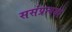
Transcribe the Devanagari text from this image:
ससंप्रत्ययो